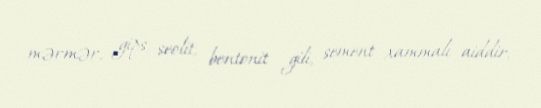
mərmər, gips, seolit, bentonit gili, sement xammalı aiddir.